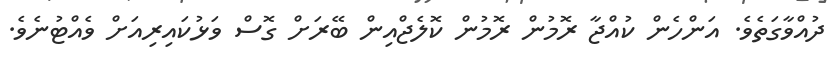
ދުއްވާގަތެވެ. އަންހެން ކުއްޖާ ރޮމުން ރޮމުން ކޮލެޖްއިން ބޭރަށް ގޮސް ވަޅުކައިރިއަށް ވެއްޓުނެވެ.